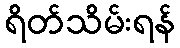
ရိတ်သိမ်းရန်